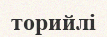
торийлі